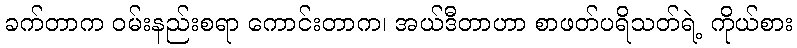
ခက်တာက ဝမ်းနည်းစရာ ကောင်းတာက၊ အယ်ဒီတာဟာ စာဖတ်ပရိသတ်ရဲ့ ကိုယ်စား